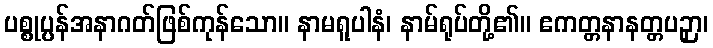
ပစ္စုပ္ပန်အနာဂတ်ဖြစ်ကုန်သော။ နာမရူပါနံ၊ နာမ်ရုပ်တို့၏။ ဧကတ္တနာနတ္တပဉှာ၊